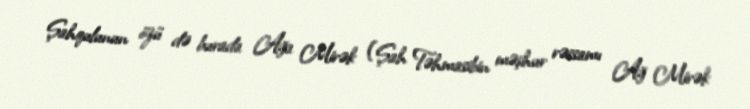
Şahqulunun özü də burada Ağa Mirək (Şah Təhmasibin məşhur rəssamı Ağ Mirək